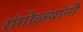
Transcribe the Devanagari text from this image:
रांगोळ्यांनी